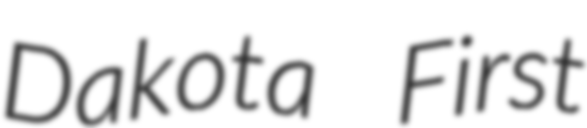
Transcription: Dakota First